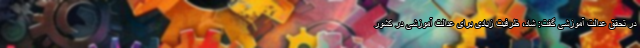
در تحقق عدالت آموزشی گفت: شاد، ظرفیت زیادی برای عدالت آموزشی در کشور